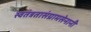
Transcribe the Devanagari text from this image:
स्वतंत्रतासंग्रामसेनानी